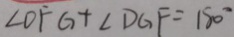
\angle D F G + \angle D G F = 1 8 0 ^ { \circ }